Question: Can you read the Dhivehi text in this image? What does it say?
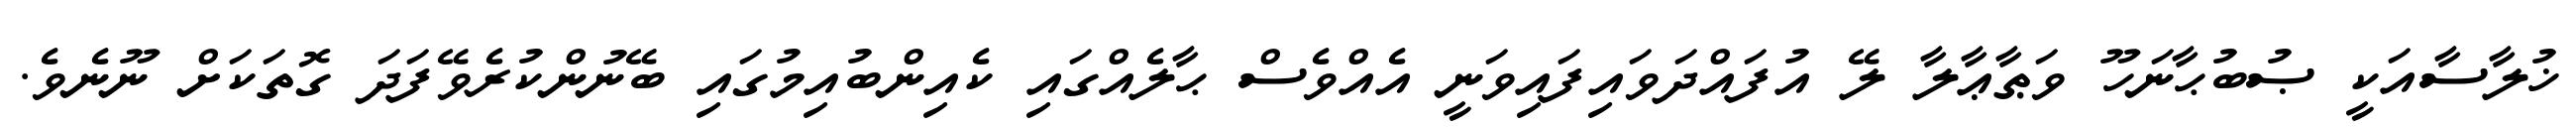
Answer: ޚުލާސާއަކީ ޞުބުޙާނަހޫ ވަޠާޢާލާ ލޭ އުފައްދަވައިފައިވަނީ އެއްވެސް ޙާލެއްގައި ކެއިންބުއިމުގައި ބޭނުންކުރެވޭފަދަ ގޮތަކަށް ނޫނެވެ.